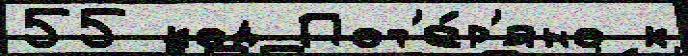
55 код Пот'е́р'яно к